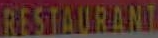
RESTAURANT